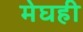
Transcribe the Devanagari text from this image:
मेघही